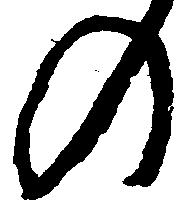
の